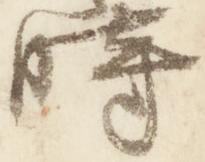
時